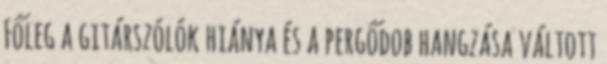
Főleg a gitárszólók hiánya és a pergődob hangzása váltott